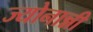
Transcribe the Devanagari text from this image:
ज्योनान्नी